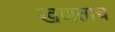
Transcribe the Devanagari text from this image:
खणताच